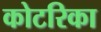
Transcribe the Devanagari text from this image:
कोटरिका